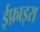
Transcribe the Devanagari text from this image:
ईफ़ाइरा